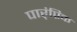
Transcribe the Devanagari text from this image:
पार्ंप्रिक